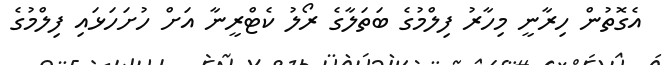
އެގޮތުން ހިރާނީ މިހާރު ފިލްމުގެ ބަތަލާގެ ރޯލު ކެޓްރީނާ އަށް ހުށަހަޅައި ފިލްމުގެ